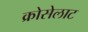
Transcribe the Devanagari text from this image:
क्रोसेलाट